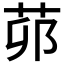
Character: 𦮦